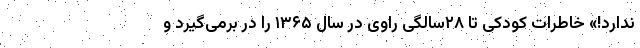
ندارد!» خاطرات کودکی تا ۲۸سالگی راوی در سال ۱۳۶۵ را در برمی‌گیرد و